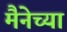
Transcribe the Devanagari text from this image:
मैनेच्या